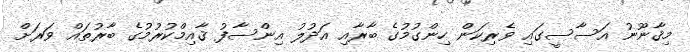
މިޤާނޫނު އަސާސީގައި ވެރިކަން ހިންގުމުގެ ބާރާއި އަދުލު އިންސާފު ޤާއިމްކުރުމުގެ ބާރުތައް ވަރަށް